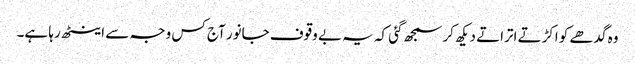
وہ گدھے کو اکڑتے اتراتے دیکھ کر سمجھ گئی کہ یہ بے وقوف جانور آج کس وجہ سے اینٹھ رہا ہے۔